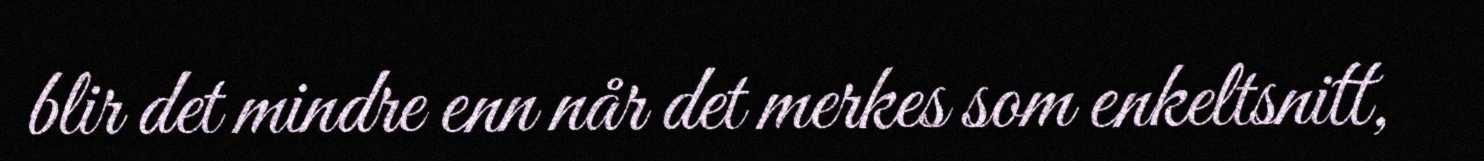
blir det mindre enn når det merkes som enkeltsnitt,